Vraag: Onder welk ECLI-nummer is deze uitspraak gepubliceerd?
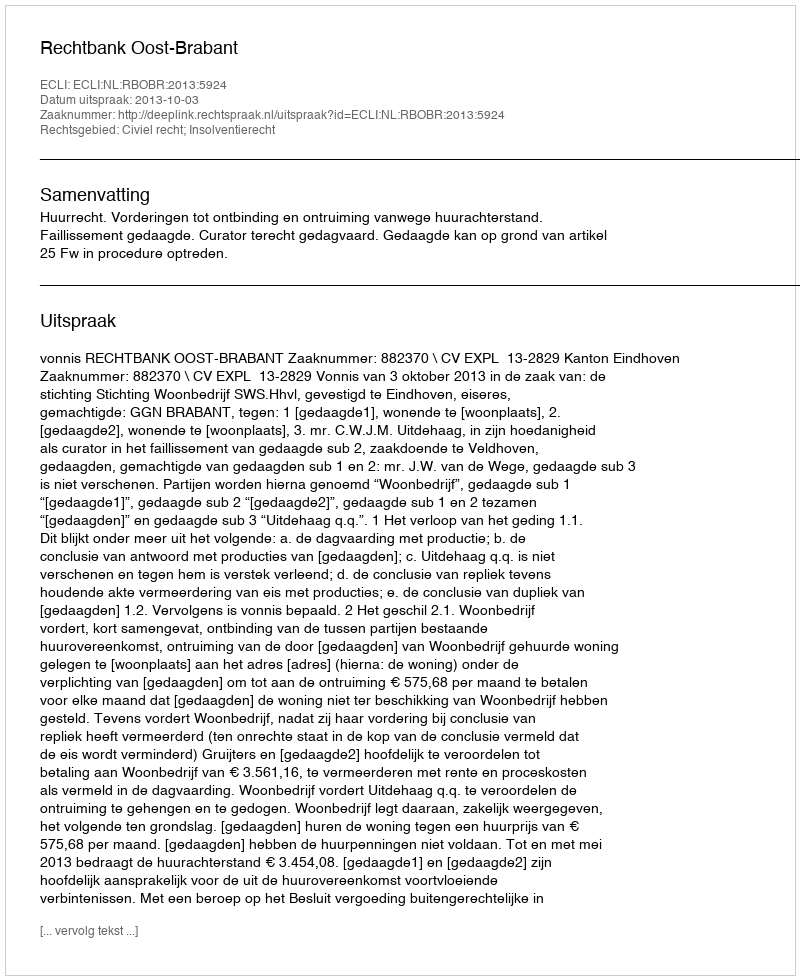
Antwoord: ECLI:NL:RBOBR:2013:5924